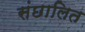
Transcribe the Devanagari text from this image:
संछालित